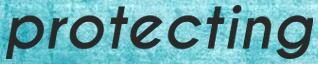
protecting